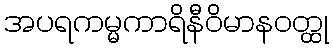
အပရကမ္မကာရိနီဝိမာနဝတ္ထု